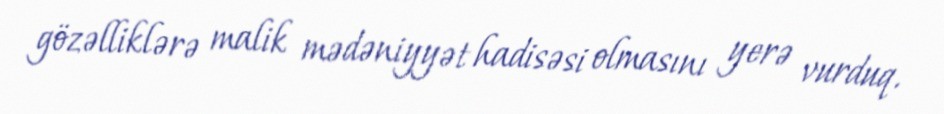
gözəlliklərə malik mədəniyyət hadisəsi olmasını yerə vurduq.